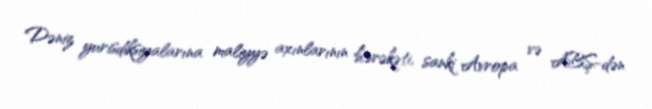
Dəniz yurisdiksiyalarına maliyyə axınlarının hərəkəti, sanki Avropa və ABŞ-dən